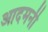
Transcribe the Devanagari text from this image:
आदमनी